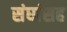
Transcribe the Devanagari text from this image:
संघांसह